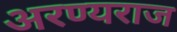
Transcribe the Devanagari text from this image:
अरण्यराज